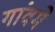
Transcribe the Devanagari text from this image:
गांवमे